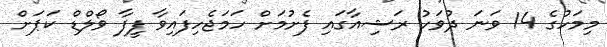
މިމަހުގެ 14 ވަނަ ދުވަހު ރަޝިއާގައި ފެށުމަށް ހަމަޖެހިފައިވާ ފީފާ ވޯލްޑް ކަޕަށް